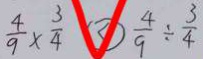
\frac { 4 } { 9 } \times \frac { 3 } { 4 } \textcircled { < } \frac { 4 } { 9 } \div \frac { 3 } { 4 }